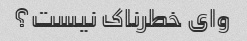
وای خطرناک نیست؟